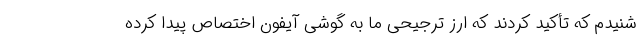
شنیدم که تأکید کردند که ارز ترجیحی ما به گوشی آیفون اختصاص پیدا کرده